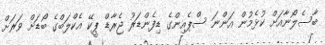
ބާސެލޯނާއަށް ކުޅެމުން އަންނަ ސްޕެއިންގެ ޑިފެންޑަރު ޖެރާޑް ޕީކޭ އެކްލަބްގެ ބޯޑަށް ވަރަށް